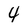
Character: 4